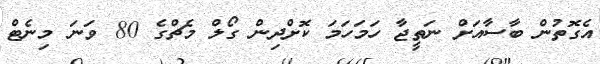
އެގޮތުން ބާސާއަށް ނަތީޖާ ހަމަހަމަ ކޮށްދިން ގޯލް މެޗްގެ 80 ވަނަ މިނެޓް